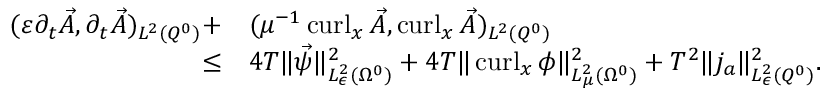
\begin{array} { r l } { ( \varepsilon \partial _ { t } \vec { A } , \partial _ { t } \vec { A } ) _ { L ^ { 2 } ( Q ^ { 0 } ) } + } & { ( \mu ^ { - 1 } \operatorname { c u r l } _ { x } \vec { A } , \operatorname { c u r l } _ { x } \vec { A } ) _ { L ^ { 2 } ( Q ^ { 0 } ) } } \\ { \leq } & { 4 T \| \vec { \psi } \| _ { L _ { \epsilon } ^ { 2 } ( \Omega ^ { 0 } ) } ^ { 2 } + 4 T \| \operatorname { c u r l } _ { x } \phi \| _ { L _ { \mu } ^ { 2 } ( \Omega ^ { 0 } ) } ^ { 2 } + T ^ { 2 } \| j _ { a } \| _ { L _ { \epsilon } ^ { 2 } ( Q ^ { 0 } ) } ^ { 2 } . } \end{array}